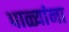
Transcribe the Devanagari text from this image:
पाळ्यांना